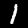
Digit: 1